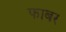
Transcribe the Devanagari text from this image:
फाबर